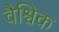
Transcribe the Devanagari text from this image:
वैश्विक